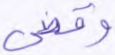
وقضي